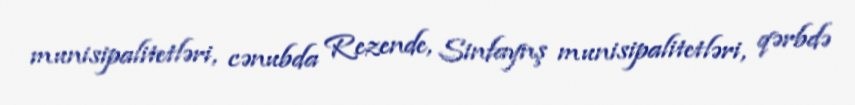
munisipalitetləri, cənubda Rezende, Sinfaynş munisipalitetləri, qərbdə